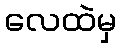
လေထဲမှ